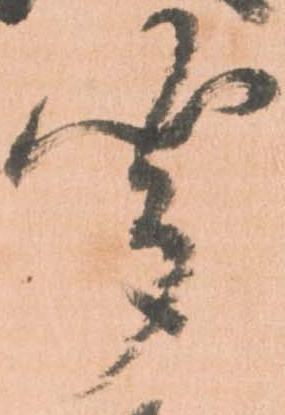
聞